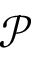
\mathcal { P }